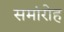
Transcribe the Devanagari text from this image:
समांरोह